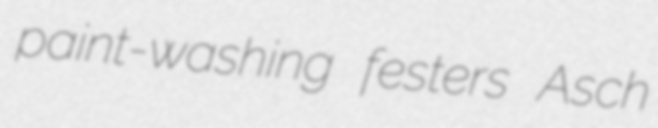
paint-washing festers Asch